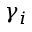
\gamma _ { i }